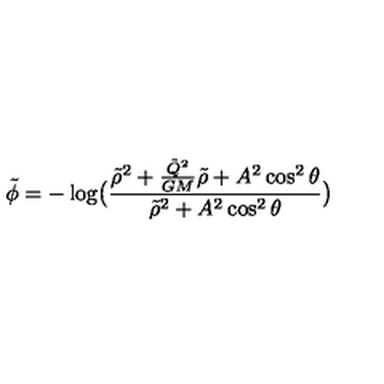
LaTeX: \tilde { \phi } = - \log \bigl ( \frac { \tilde { \rho } ^ { 2 } + \frac { \tilde { Q } ^ { 2 } } { G M } \tilde { \rho } + A ^ { 2 } \cos ^ { 2 } \theta } { \tilde { \rho } ^ { 2 } + A ^ { 2 } \cos ^ { 2 } \theta } \bigr )